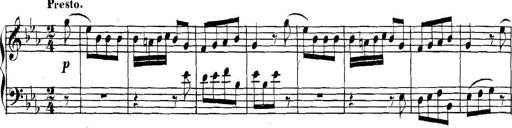
Title: Collected Piano Sonatas
Composer: Muzio Clementi